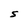
Character: S